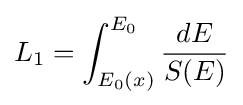
L_{1}=\int _{E_{0}(x)}^{E_{0}}{\frac {dE}{S(E)}}